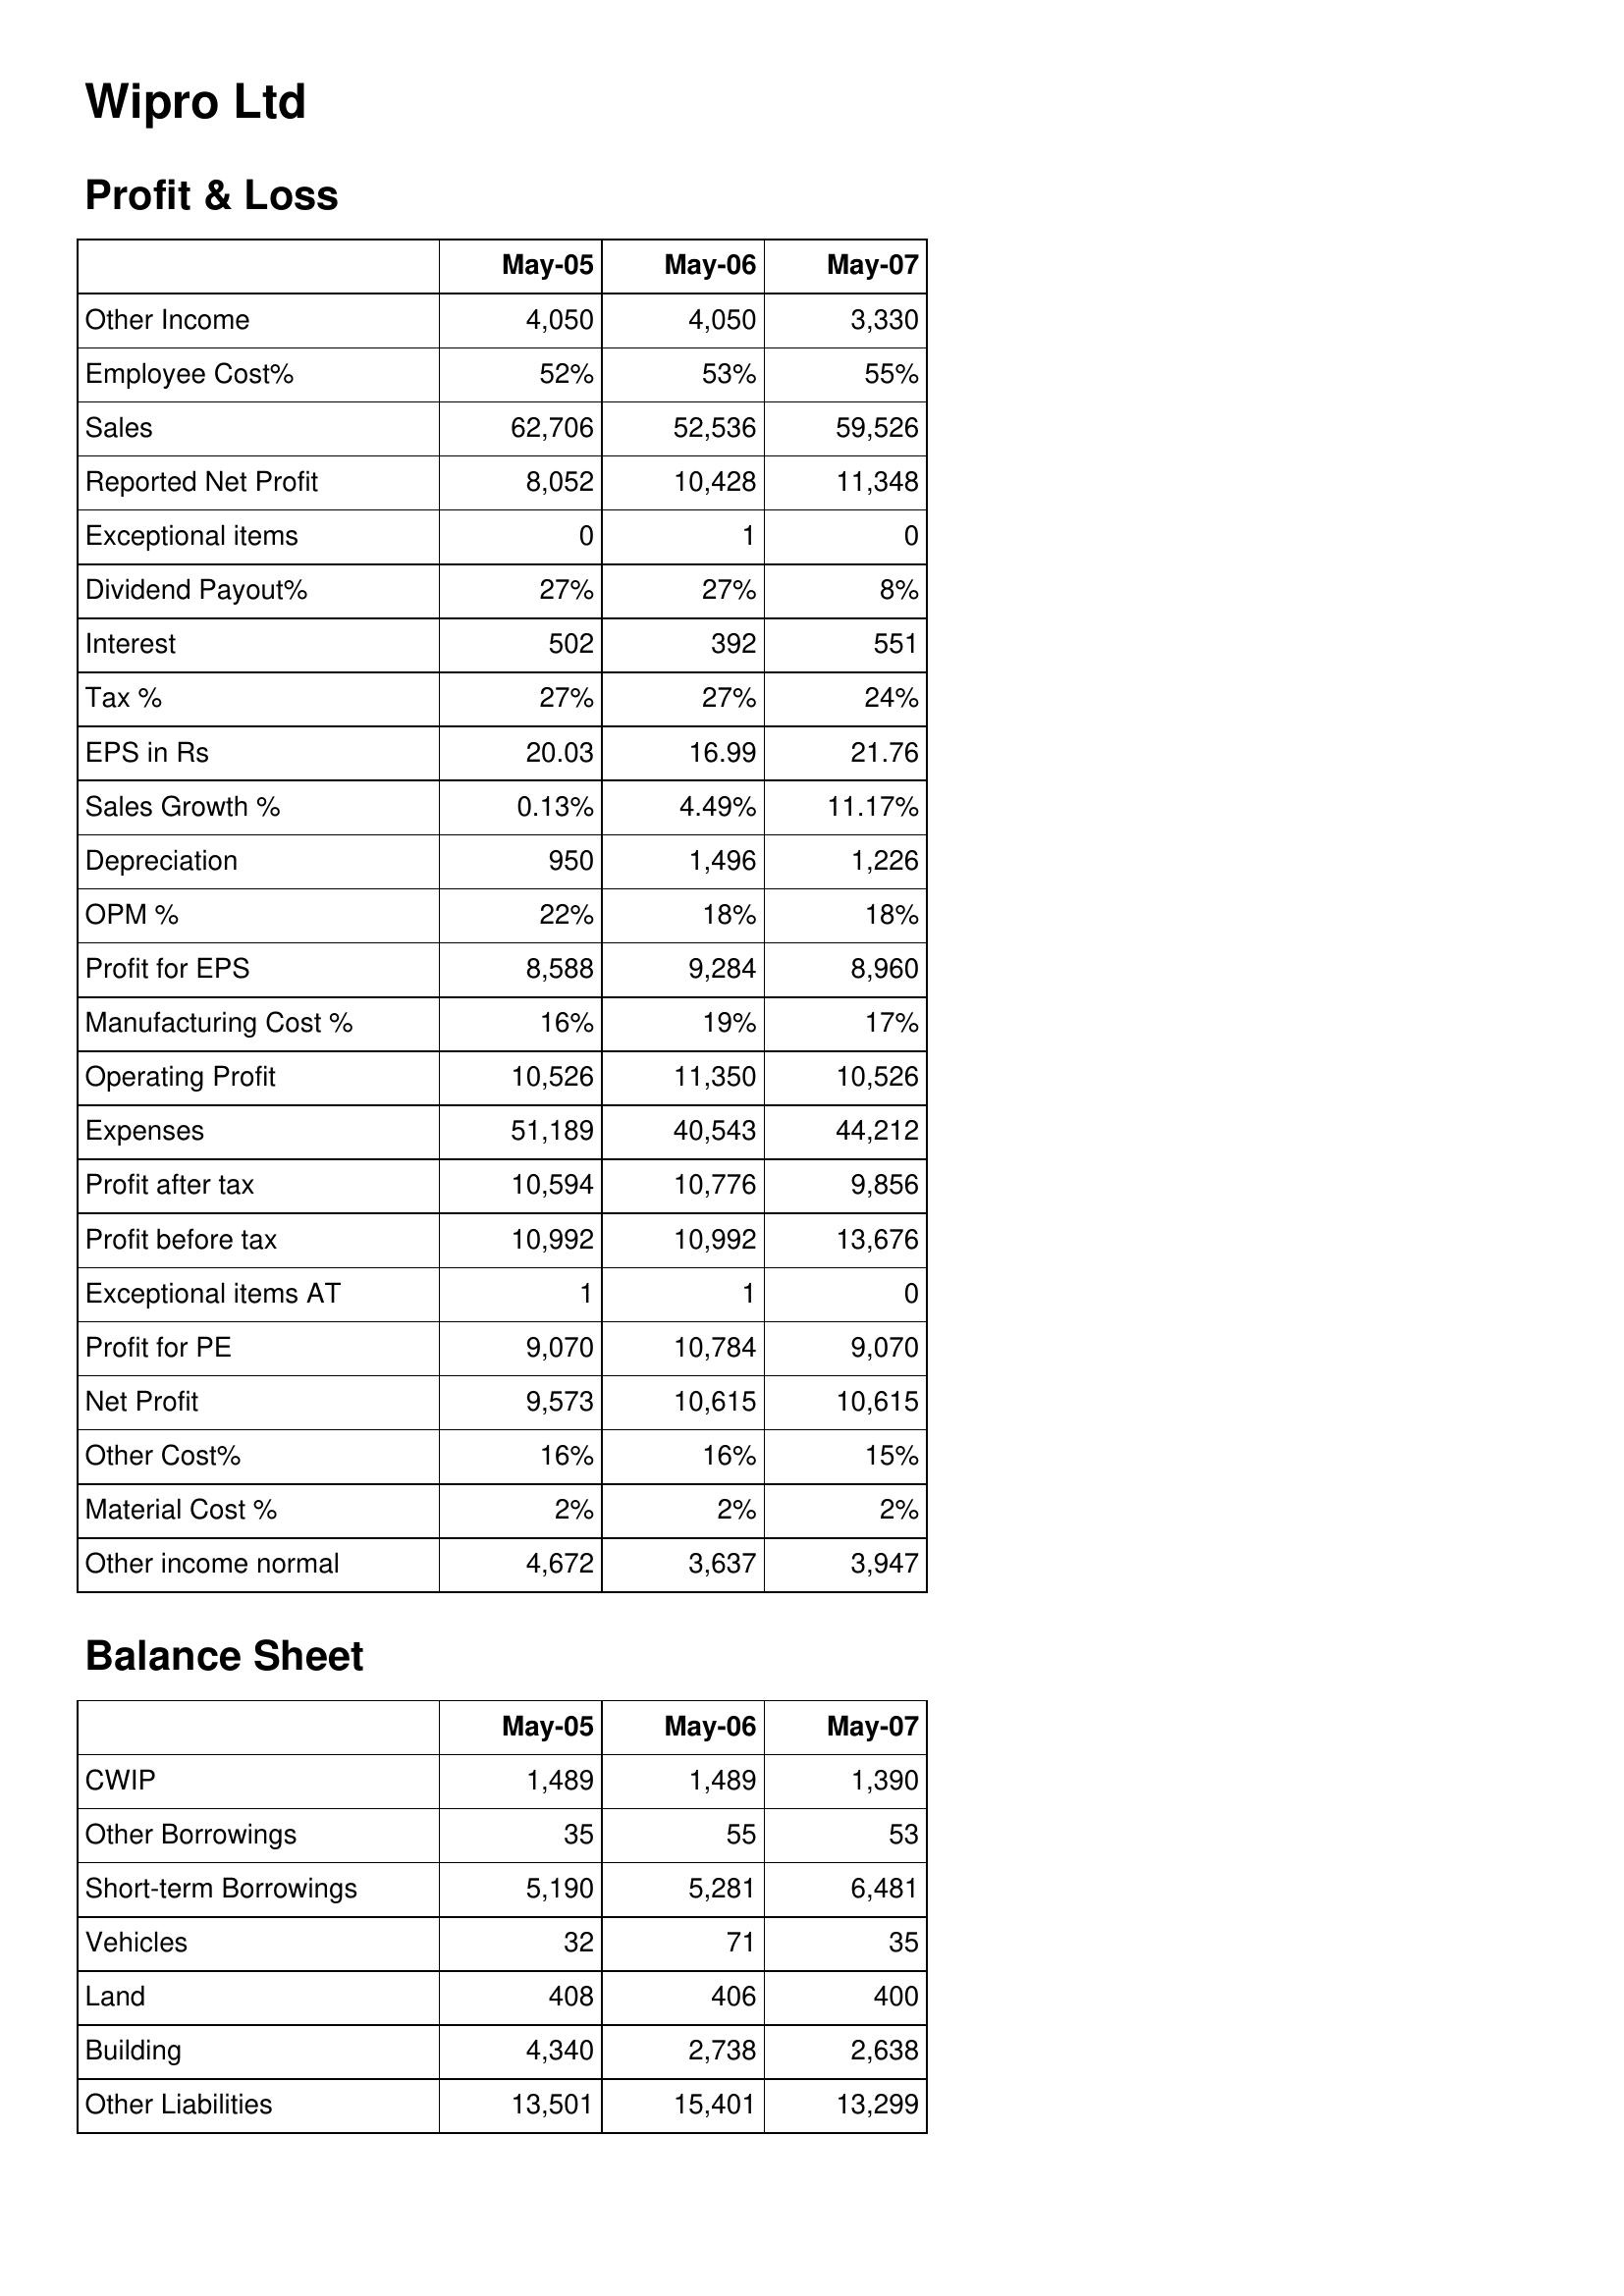
May-05: Profit & Loss: Other Income: 4,050
Employee Cost%: 52%
Sales: 62,706
Reported Net Profit: 8,052
Exceptional items: 0
Dividend Payout%: 27%
Interest: 502
Tax %: 27%
EPS in Rs: 20.03
Sales Growth %: 0.13%
Depreciation: 950
OPM %: 22%
Profit for EPS: 8,588
Manufacturing Cost %: 16%
Operating Profit: 10,526
Expenses: 51,189
Profit after tax: 10,594
Profit before tax: 10,992
Exceptional items AT: 1
Profit for PE: 9,070
Net Profit: 9,573
Other Cost%: 16%
Material Cost %: 2%
Other income normal: 4,672
Balance Sheet: CWIP: 1,489
Other Borrowings: 35
Short-term Borrowings: 5,190
Vehicles: 32
Land: 408
Building: 4,340
Other Liabilities: 13,501
May-06: Profit & Loss: Other Income: 4,050
Employee Cost%: 53%
Sales: 52,536
Reported Net Profit: 10,428
Exceptional items: 1
Dividend Payout%: 27%
Interest: 392
Tax %: 27%
EPS in Rs: 16.99
Sales Growth %: 4.49%
Depreciation: 1,496
OPM %: 18%
Profit for EPS: 9,284
Manufacturing Cost %: 19%
Operating Profit: 11,350
Expenses: 40,543
Profit after tax: 10,776
Profit before tax: 10,992
Exceptional items AT: 1
Profit for PE: 10,784
Net Profit: 10,615
Other Cost%: 16%
Material Cost %: 2%
Other income normal: 3,637
Balance Sheet: CWIP: 1,489
Other Borrowings: 55
Short-term Borrowings: 5,281
Vehicles: 71
Land: 406
Building: 2,738
Other Liabilities: 15,401
May-07: Profit & Loss: Other Income: 3,330
Employee Cost%: 55%
Sales: 59,526
Reported Net Profit: 11,348
Exceptional items: 0
Dividend Payout%: 8%
Interest: 551
Tax %: 24%
EPS in Rs: 21.76
Sales Growth %: 11.17%
Depreciation: 1,226
OPM %: 18%
Profit for EPS: 8,960
Manufacturing Cost %: 17%
Operating Profit: 10,526
Expenses: 44,212
Profit after tax: 9,856
Profit before tax: 13,676
Exceptional items AT: 0
Profit for PE: 9,070
Net Profit: 10,615
Other Cost%: 15%
Material Cost %: 2%
Other income normal: 3,947
Balance Sheet: CWIP: 1,390
Other Borrowings: 53
Short-term Borrowings: 6,481
Vehicles: 35
Land: 400
Building: 2,638
Other Liabilities: 13,299